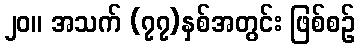
၂၀။ အသက် (၇၇)နှစ်အတွင်း ဖြစ်စဉ်